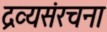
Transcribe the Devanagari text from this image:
द्रव्यसंरचना